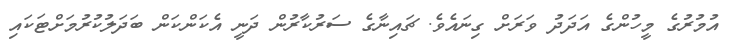
އުމުރުގެ މީހުންގެ އަދަދު ވަރަށް ގިނައެވެ. ޗައިނާގެ ސަރުކާރުން ދަނީ އެކަންކަން ބަދަލުކުރުމަށްޓަކައި